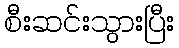
စီးဆင်းသွားပြီး